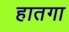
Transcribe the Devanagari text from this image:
हातगा